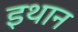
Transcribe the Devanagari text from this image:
इथान